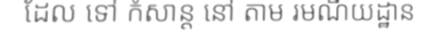
ដែល ទៅ កំសាន្ត នៅ តាម រមណីយដ្ឋាន